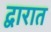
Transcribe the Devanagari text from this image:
द्वारात